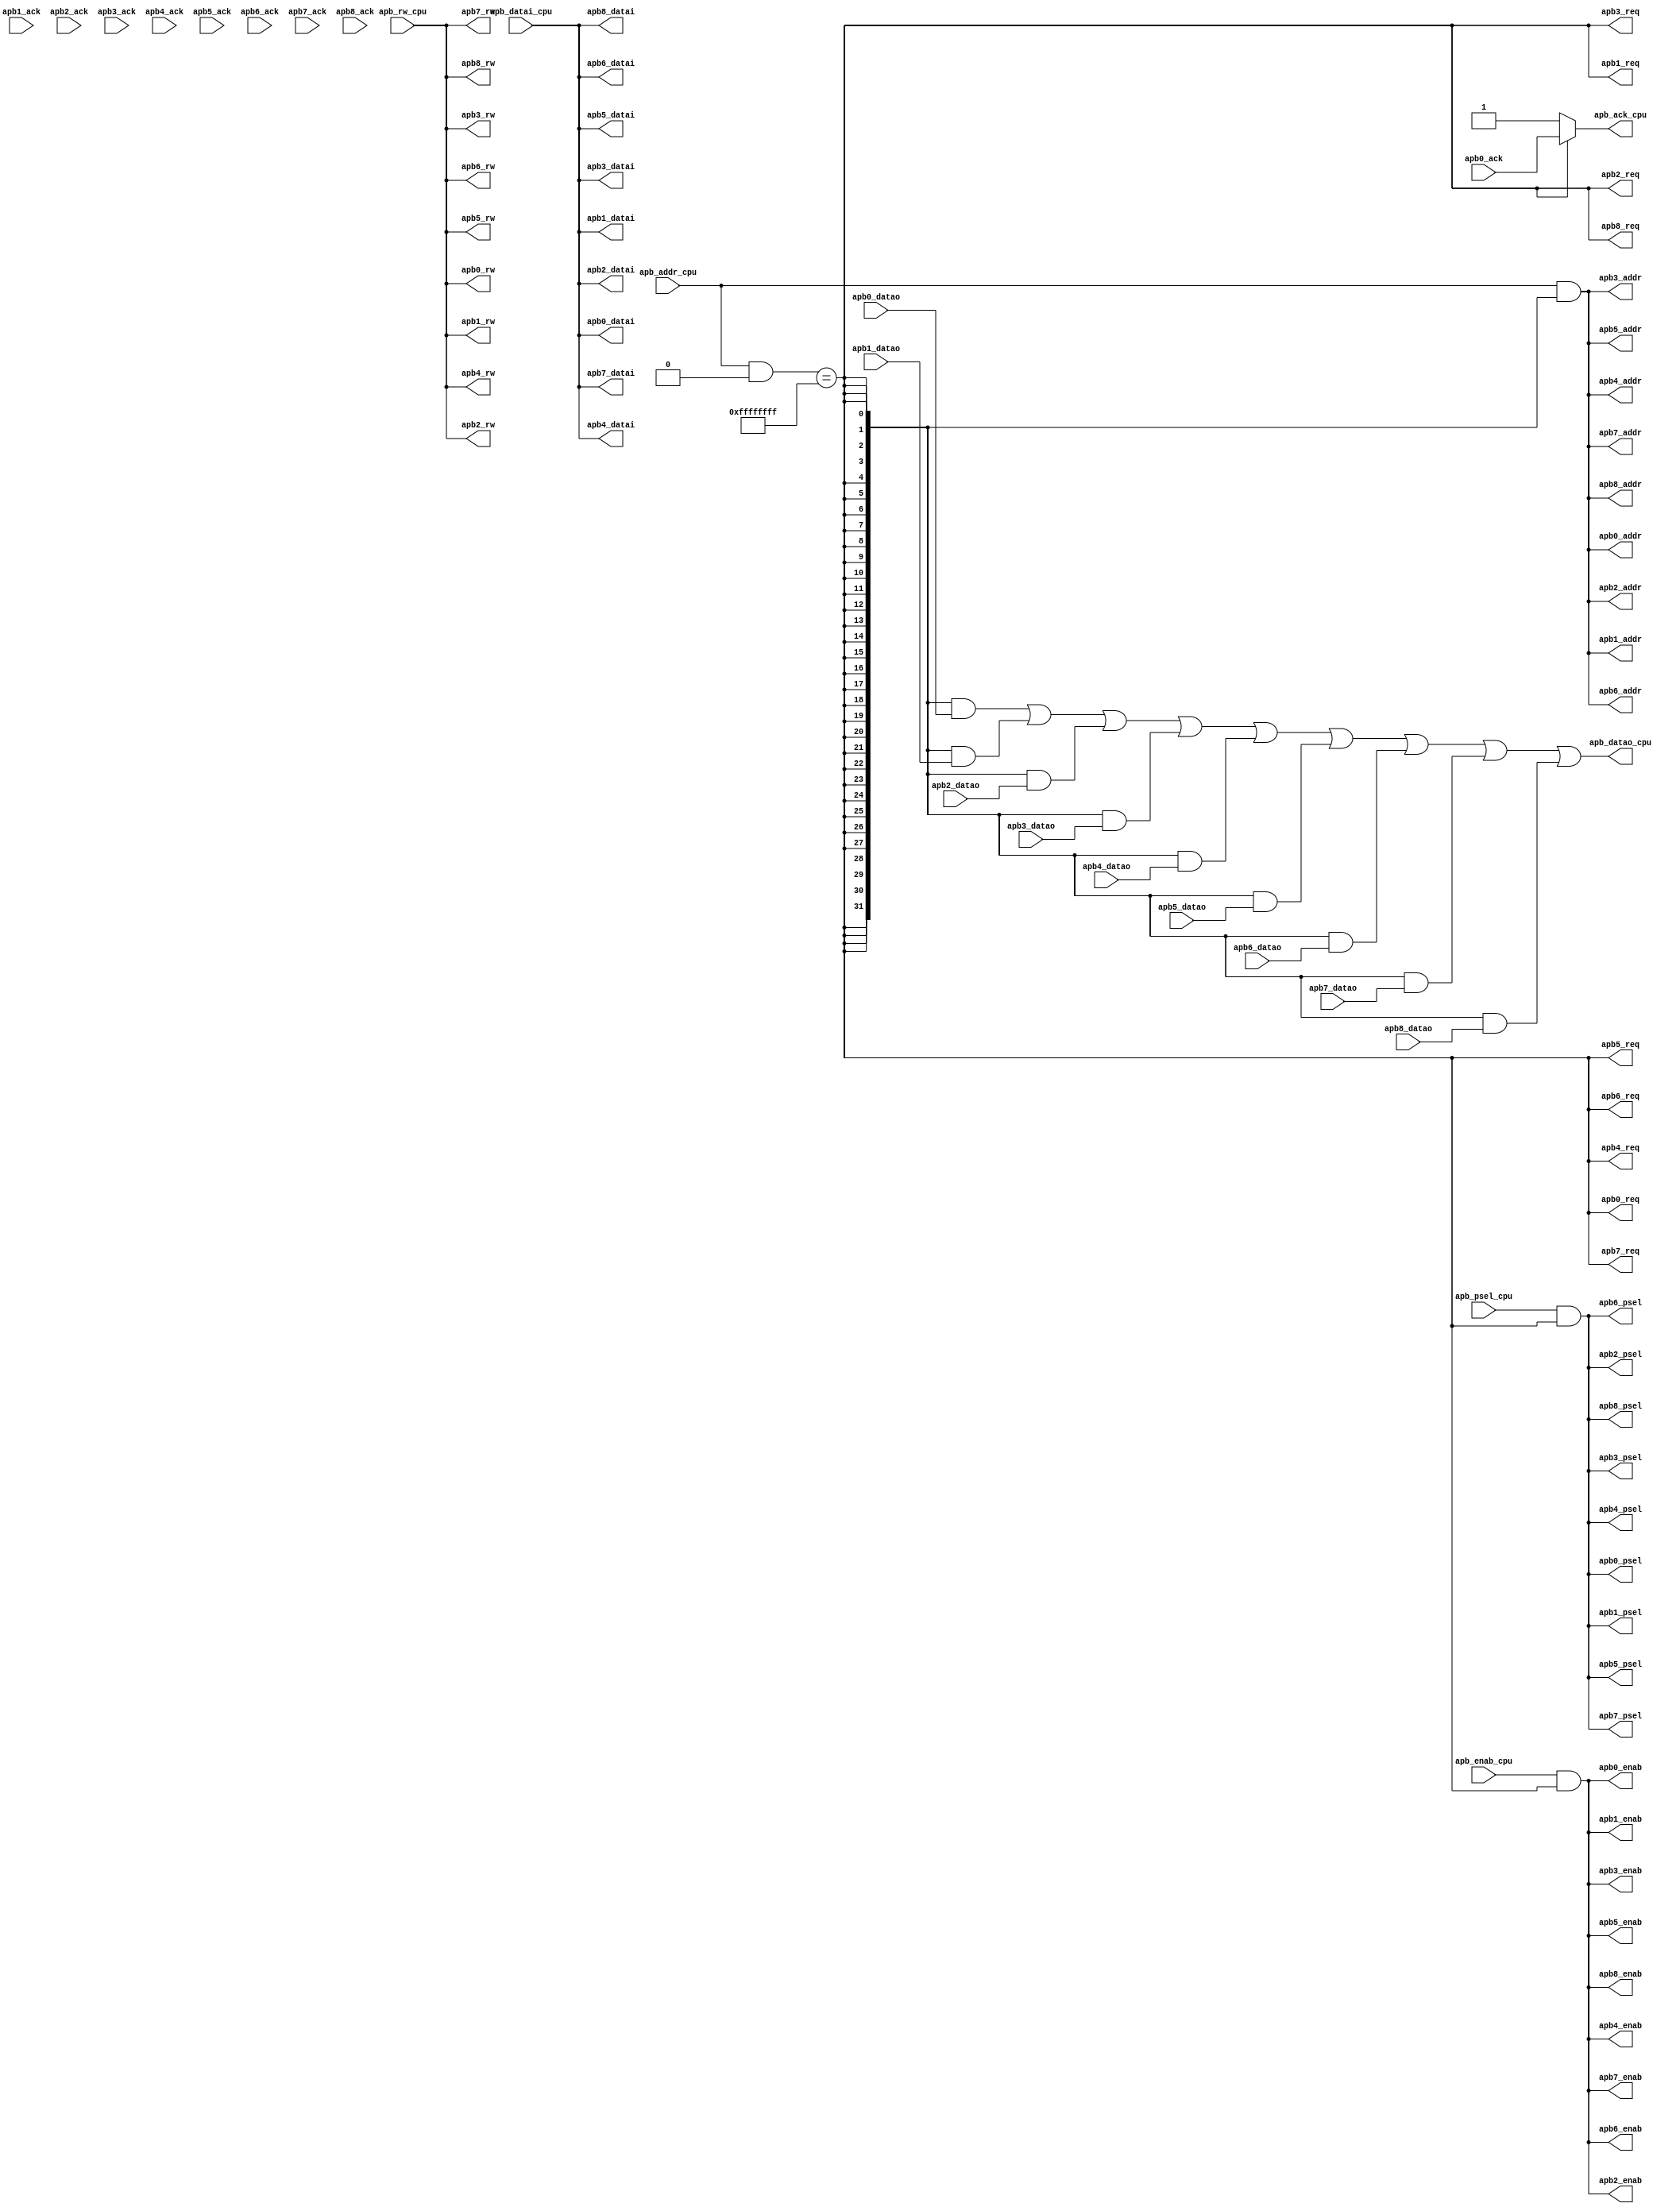
module apb_mux9 #(
	parameter ADDR_WIDTH = 32,
	parameter APB_DATA_WIDTH = 32,

	parameter APB_SLV0_ADDR_BASE = 32'hffffffff,
	parameter APB_SLV0_ADDR_LEN  = 32'hffffffff,
	
	parameter APB_SLV1_ADDR_BASE = 32'hffffffff,
	parameter APB_SLV1_ADDR_LEN  = 32'hffffffff,
	
	parameter APB_SLV2_ADDR_BASE = 32'hffffffff,
	parameter APB_SLV2_ADDR_LEN  = 32'hffffffff,
	
	parameter APB_SLV3_ADDR_BASE = 32'hffffffff,
	parameter APB_SLV3_ADDR_LEN  = 32'hffffffff,
	
	parameter APB_SLV4_ADDR_BASE = 32'hffffffff,
	parameter APB_SLV4_ADDR_LEN  = 32'hffffffff,
	
	parameter APB_SLV5_ADDR_BASE = 32'hffffffff,
	parameter APB_SLV5_ADDR_LEN  = 32'hffffffff,
	
	parameter APB_SLV6_ADDR_BASE = 32'hffffffff,
	parameter APB_SLV6_ADDR_LEN  = 32'hffffffff,
	
	parameter APB_SLV7_ADDR_BASE = 32'hffffffff,
	parameter APB_SLV7_ADDR_LEN  = 32'hffffffff,
	
	parameter APB_SLV8_ADDR_BASE = 32'hffffffff,
	parameter APB_SLV8_ADDR_LEN  = 32'hffffffff
)(
	input                     		apb_psel_cpu,
	input                     		apb_rw_cpu,
	input  [ADDR_WIDTH	   -1:0]    apb_addr_cpu,
	input                     		apb_enab_cpu,
    input  [APB_DATA_WIDTH-1:0]    apb_datai_cpu,
    output [APB_DATA_WIDTH-1:0]    apb_datao_cpu,
	output                    		apb_ack_cpu,

    output                    		apb0_req,
    output                    		apb0_psel,
	output                    		apb0_rw,
    output [ADDR_WIDTH	   -1:0]    apb0_addr,
	output                    		apb0_enab,
    output [APB_DATA_WIDTH-1:0]    apb0_datai,
    input  [APB_DATA_WIDTH-1:0]    apb0_datao,
	input                     		apb0_ack,

    output                    		apb1_req,
    output                    		apb1_psel,
	output                    		apb1_rw,
    output [ADDR_WIDTH	   -1:0]    apb1_addr,
	output                    		apb1_enab,
    output [APB_DATA_WIDTH-1:0]    apb1_datai,
    input  [APB_DATA_WIDTH-1:0]    apb1_datao,
	input                     		apb1_ack,

    output                    		apb2_req,
    output                    		apb2_psel,
	output                    		apb2_rw,
    output [ADDR_WIDTH	   -1:0]    apb2_addr,
	output                    		apb2_enab,
    output [APB_DATA_WIDTH-1:0]    apb2_datai,
    input  [APB_DATA_WIDTH-1:0]    apb2_datao,
	input                     		apb2_ack,

    output                    		apb3_req,
    output                    		apb3_psel,
	output                    		apb3_rw,
    output [ADDR_WIDTH	   -1:0]    apb3_addr,
	output                    		apb3_enab,
    output [APB_DATA_WIDTH-1:0]    apb3_datai,
    input  [APB_DATA_WIDTH-1:0]    apb3_datao,
	input                     		apb3_ack,

    output                    		apb4_req,
    output                    		apb4_psel,
	output                    		apb4_rw,
    output [ADDR_WIDTH    -1:0]    apb4_addr,
	output                    		apb4_enab,
    output [APB_DATA_WIDTH-1:0]    apb4_datai,
    input  [APB_DATA_WIDTH-1:0]    apb4_datao,
	input                     		apb4_ack,

    output                    		apb5_req,
    output                    		apb5_psel,
	output                    		apb5_rw,
    output [ADDR_WIDTH	   -1:0]    apb5_addr,
	output                    		apb5_enab,
    output [APB_DATA_WIDTH-1:0]    apb5_datai,
    input  [APB_DATA_WIDTH-1:0]    apb5_datao,
	input                     		apb5_ack,


    output                    		apb6_req,
    output                    		apb6_psel,
	output                    		apb6_rw,
    output [ADDR_WIDTH	   -1:0]    apb6_addr,
	output                    		apb6_enab,
    output [APB_DATA_WIDTH-1:0]    apb6_datai,
    input  [APB_DATA_WIDTH-1:0]    apb6_datao,
	input                     		apb6_ack,

    output                    		apb7_req,
    output                    		apb7_psel,
	output                    		apb7_rw,
    output [ADDR_WIDTH	   -1:0]    apb7_addr,
	output                    		apb7_enab,
    output [APB_DATA_WIDTH-1:0]    apb7_datai,
    input  [APB_DATA_WIDTH-1:0]    apb7_datao,
	input                     		apb7_ack,

    output                    		apb8_req,
    output                    		apb8_psel,
	output                    		apb8_rw,
    output [ADDR_WIDTH	   -1:0]    apb8_addr,
	output                    		apb8_enab,
    output [APB_DATA_WIDTH-1:0]    apb8_datai,
    input  [APB_DATA_WIDTH-1:0]    apb8_datao,
	input                     		apb8_ack
);

	wire                    		apb_psel;
	wire                    		apb_rw;
	wire [ADDR_WIDTH	 -1:0]    	apb_addr;	
	wire                    		apb_enab;
	wire [APB_DATA_WIDTH-1:0]    	apb_datai;
	wire [APB_DATA_WIDTH-1:0]    	apb_datao;
	wire                    		apb_ack; 

	assign apb_psel         = apb_psel_cpu;
	assign apb_rw           = apb_rw_cpu;
	assign apb_addr         = apb_addr_cpu; 
	assign apb_enab         = apb_enab_cpu;
	assign apb_datai        = apb_datai_cpu; 
	assign apb_datao_cpu    = apb_datao;
	assign apb_ack_cpu      = apb_ack;

	assign apb0_req =  ((apb_addr[31:0] & (~APB_SLV0_ADDR_LEN))==APB_SLV0_ADDR_BASE);
	assign apb1_req =  ((apb_addr[31:0] & (~APB_SLV1_ADDR_LEN))==APB_SLV1_ADDR_BASE);
	assign apb2_req =  ((apb_addr[31:0] & (~APB_SLV2_ADDR_LEN))==APB_SLV2_ADDR_BASE);
	assign apb3_req =  ((apb_addr[31:0] & (~APB_SLV3_ADDR_LEN))==APB_SLV3_ADDR_BASE);
	assign apb4_req =  ((apb_addr[31:0] & (~APB_SLV4_ADDR_LEN))==APB_SLV4_ADDR_BASE);
	assign apb5_req =  ((apb_addr[31:0] & (~APB_SLV5_ADDR_LEN))==APB_SLV5_ADDR_BASE);
	assign apb6_req =  ((apb_addr[31:0] & (~APB_SLV6_ADDR_LEN))==APB_SLV6_ADDR_BASE);
	assign apb7_req =  ((apb_addr[31:0] & (~APB_SLV7_ADDR_LEN))==APB_SLV7_ADDR_BASE);
	assign apb8_req =  ((apb_addr[31:0] & (~APB_SLV8_ADDR_LEN))==APB_SLV8_ADDR_BASE);


	assign apb0_psel = apb_psel && apb0_req ;
	assign apb1_psel = apb_psel && apb1_req ;
	assign apb2_psel = apb_psel && apb2_req ;
	assign apb3_psel = apb_psel && apb3_req ;
	assign apb4_psel = apb_psel && apb4_req ;
	assign apb5_psel = apb_psel && apb5_req ;
	assign apb6_psel = apb_psel && apb6_req ;
	assign apb7_psel = apb_psel && apb7_req ;
	assign apb8_psel = apb_psel && apb8_req ;

	assign apb0_enab = apb_enab && apb0_req ;
	assign apb1_enab = apb_enab && apb1_req ;
	assign apb2_enab = apb_enab && apb2_req ;
	assign apb3_enab = apb_enab && apb3_req ;
	assign apb4_enab = apb_enab && apb4_req ;
	assign apb5_enab = apb_enab && apb5_req ;
	assign apb6_enab = apb_enab && apb6_req ;
	assign apb7_enab = apb_enab && apb7_req ;
	assign apb8_enab = apb_enab && apb8_req ;

	assign apb_ack = apb0_req ? apb0_ack :
					 apb1_req ? apb1_ack :
					 apb2_req ? apb2_ack :
					 apb3_req ? apb3_ack :
					 apb4_req ? apb4_ack :
					 apb5_req ? apb5_ack :
					 apb6_req ? apb6_ack :
					 apb7_req ? apb7_ack :
					 apb8_req ? apb8_ack :
					 1'b1;
		
	assign apb_datao = {32{apb0_req}} & apb0_datao[31:0] |
					   {32{apb1_req}} & apb1_datao[31:0] |
					   {32{apb2_req}} & apb2_datao[31:0] |
					   {32{apb3_req}} & apb3_datao[31:0] |
					   {32{apb4_req}} & apb4_datao[31:0] |
					   {32{apb5_req}} & apb5_datao[31:0] |
					   {32{apb6_req}} & apb6_datao[31:0] |
					   {32{apb7_req}} & apb7_datao[31:0] |
					   {32{apb8_req}} & apb8_datao[31:0];

	assign apb0_addr  = apb_addr & {ADDR_WIDTH{apb0_req}};
	assign apb0_datai = apb_datai;
	assign apb0_rw    = apb_rw;

	assign apb1_addr  = apb_addr & {ADDR_WIDTH{apb1_req}};
	assign apb1_datai = apb_datai;
	assign apb1_rw    = apb_rw;

	assign apb2_addr  = apb_addr & {ADDR_WIDTH{apb2_req}};
	assign apb2_datai = apb_datai;
	assign apb2_rw    = apb_rw;

	assign apb3_addr  = apb_addr & {ADDR_WIDTH{apb3_req}};
	assign apb3_datai = apb_datai;
	assign apb3_rw    = apb_rw;

	assign apb4_addr  = apb_addr & {ADDR_WIDTH{apb4_req}};
	assign apb4_datai = apb_datai;
	assign apb4_rw    = apb_rw;

	assign apb5_addr  = apb_addr & {ADDR_WIDTH{apb5_req}};
	assign apb5_datai = apb_datai;
	assign apb5_rw    = apb_rw;

	assign apb6_addr  = apb_addr & {ADDR_WIDTH{apb6_req}};
	assign apb6_datai = apb_datai;
	assign apb6_rw    = apb_rw;

	assign apb7_addr  = apb_addr & {ADDR_WIDTH{apb7_req}};
	assign apb7_datai = apb_datai;
	assign apb7_rw    = apb_rw;

	assign apb8_addr  = apb_addr & {ADDR_WIDTH{apb8_req}};
	assign apb8_datai = apb_datai;
	assign apb8_rw    = apb_rw;

endmodule